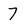
Character: 7